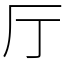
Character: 厅